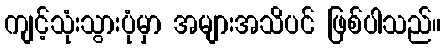
ကျင့်သုံးသွားပုံမှာ အများအသိပင် ဖြစ်ပါသည်။